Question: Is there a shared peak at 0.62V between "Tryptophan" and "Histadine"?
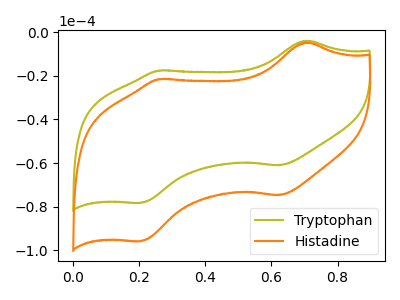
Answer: <think>The olive curve "Tryptophan" has anodic peaks at (0.70V, -3.80uA) (0.25V, -17.50uA) and cathodic peaks at (0.60V, -61.00uA) (0.20V, -78.30uA). The orange curve "Histadine" has anodic peaks at (0.70V, -4.70uA) (0.25V, -21.45uA) and cathodic peaks at (0.60V, -74.75uA) (0.20V, -95.85uA).</think>
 <answer>Yes, "Tryptophan" and "Histadine" share a peak at 0.62V.</answer>
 <eval>match</eval>